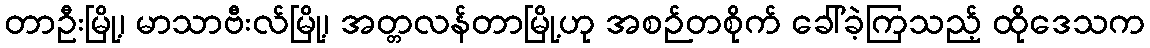
တာဦးမြို့၊ မာသာဗီးလ်မြို့၊ အတ္တလန်တာမြို့ဟု အစဉ်တစိုက် ခေါ်ခဲ့ကြသည့် ထိုဒေသက